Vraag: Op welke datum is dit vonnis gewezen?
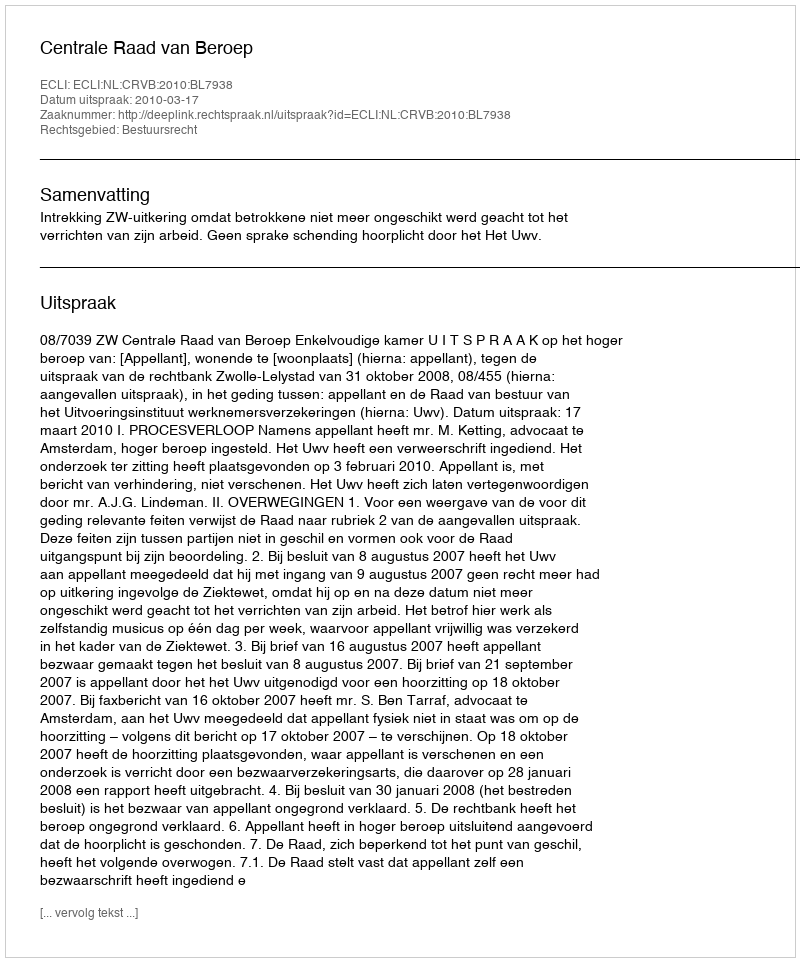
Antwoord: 2010-03-17